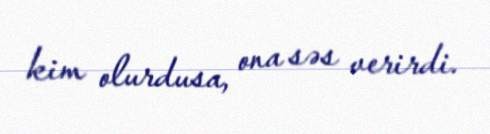
kim olurdusa, ona səs verirdi.